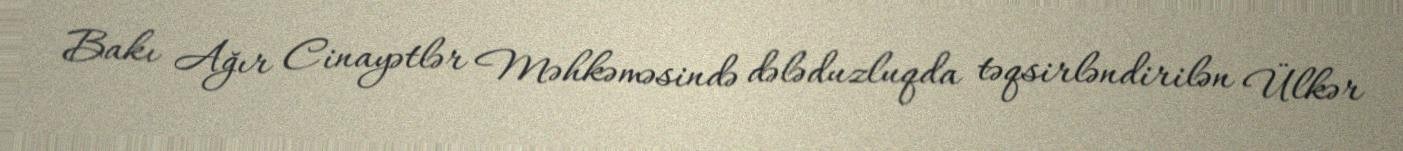
Bakı Ağır Cinayətlər Məhkəməsində dələduzluqda təqsirləndirilən Ülkər